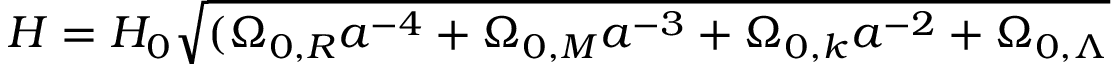
H = H _ { 0 } { \sqrt { ( \Omega _ { 0 , R } a ^ { - 4 } + \Omega _ { 0 , M } a ^ { - 3 } + \Omega _ { 0 , k } a ^ { - 2 } + \Omega _ { 0 , \Lambda } } }